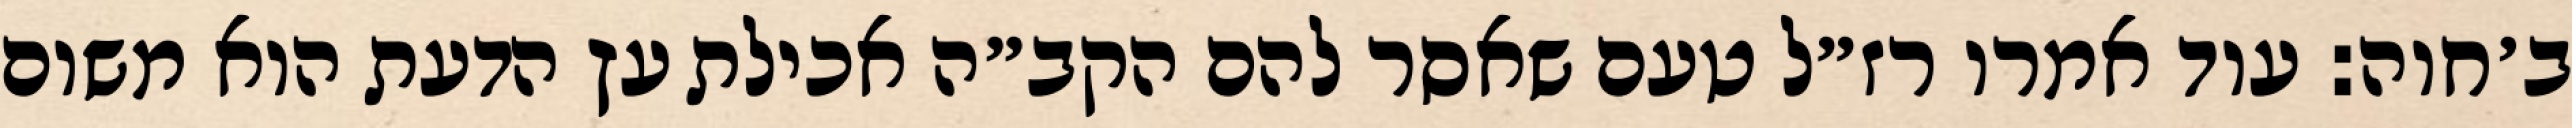
ב׳חוה: עוד אמרו רז״ל טעם שאסר להם הקב״ה אכילת עץ הדעת הוא משום